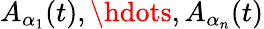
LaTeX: A_{\alpha_{1}}(t),\hdots,A_{\alpha_{n}}(t)